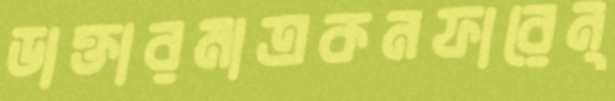
ডাক্তারমাত্রকনফারেন্